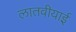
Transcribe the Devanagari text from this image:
लातवीयाई